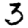
Digit: 3